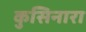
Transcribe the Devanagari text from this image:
कुसिनारा